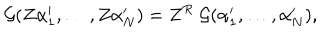
{ \cal { G } } ( Z \alpha _ { 1 } ^ { \prime } , \ldots , Z \alpha _ { N } ^ { \prime } ) = Z ^ { R } \; { \cal { G } } ( \alpha _ { 1 } ^ { \prime } , \ldots , \alpha _ { N } ^ { \prime } ) ,